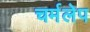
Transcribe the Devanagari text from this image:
चर्मलेप